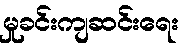
မှုခင်းကျဆင်းရေး